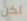
لكن